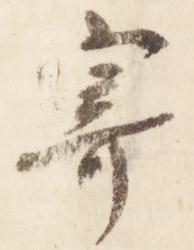
寄